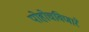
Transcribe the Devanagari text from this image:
पोहोचविणारे